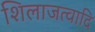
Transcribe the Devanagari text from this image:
शिलाजत्वादि